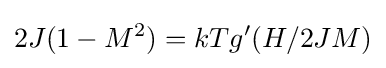
2J(1-M^{2})=kTg'(H/2JM)